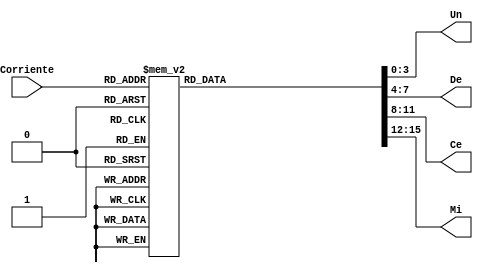
`timescale 1ns / 1ps
//////////////////////////////////////////////////////////////////////////////////
// Company: 
// Engineer: 
// 
// Design Name: 
// Module Name:    Codifica_Corriente 
// Project Name: 
// Target Devices: 
// Tool versions: 
// Description: 
//
// Dependencies: 
//
// Revision: 
// Revision 0.01 - File Created
// Additional Comments: 
//
//////////////////////////////////////////////////////////////////////////////////
module Codifica_Corriente(
    input [4:0] Corriente,
    output reg [3:0] Un,
    output reg [3:0] De,
    output reg [3:0] Ce,
    output reg [3:0] Mi
    );

always @*
begin
	case (Corriente)
	
	//Con Corriente = 000 el numero a mostrar es 0.
	5'b00000:begin
		Un <= 4'b0000;
		De <= 4'b1010;	//Apagado
		Ce <= 4'b1010;	//Apagado
		Mi <= 4'b1010;	//Apagado
	end
	
	5'b00001:begin
		Un <= 4'b0000;
		De <= 4'b0101;
		Ce <= 4'b1010;
		Mi <= 4'b1010;
	end
	
	5'b00010:begin
		Un <= 4'b0000;
		De <= 4'b0000;
		Ce <= 4'b0001;
		Mi <= 4'b1010;
	end
	
	5'b00011:begin
		Un <= 4'b0000;
		De <= 4'b0101;
		Ce <= 4'b0001;
		Mi <= 4'b1010;
	end
	
	5'b00100:begin
		Un <= 4'b0000;
		De <= 4'b0000;
		Ce <= 4'b0010;
		Mi <= 4'b1010;
	end
	
	5'b00101:begin
		Un <= 4'b0000;
		De <= 4'b0101;
		Ce <= 4'b0010;
		Mi <= 4'b1010;
	end
	
	5'b00110:begin
		Un <= 4'b0000;
		De <= 4'b0000;
		Ce <= 4'b0011;
		Mi <= 4'b1010;
	end
	
	5'b00111:begin
		Un <= 4'b0000;
		De <= 4'b0101;
		Ce <= 4'b0011;
		Mi <= 4'b1010;
	end
	
	5'b01000:begin
		Un <= 4'b0000;
		De <= 4'b0000;
		Ce <= 4'b0100;
		Mi <= 4'b1010;	//Apagado
	end
	
	5'b01001:begin
		Un <= 4'b0000;
		De <= 4'b0101;
		Ce <= 4'b0100;
		Mi <= 4'b1010;	//Apagado
	end
	
	5'b01010:begin
		Un <= 4'b0000;
		De <= 4'b0000;
		Ce <= 4'b0101;
		Mi <= 4'b1010;	//Apagado
	end
	
	5'b01011:begin
		Un <= 4'b0000;
		De <= 4'b0101;
		Ce <= 4'b0101;
		Mi <= 4'b1010;	//Apagado
	end
	
	5'b01100:begin
		Un <= 4'b0000;
		De <= 4'b0000;
		Ce <= 4'b0110;
		Mi <= 4'b1010;	//Apagado
	end
	//13 => 650.
	5'b01101:begin
		Un <= 4'b0000;
		De <= 4'b0101;
		Ce <= 4'b0110;
		Mi <= 4'b1010;	//Apagado
	end
	
	5'b01110:begin
		Un <= 4'b0000;
		De <= 4'b0000;
		Ce <= 4'b0111;
		Mi <= 4'b1010;	//Apagado
	end
	
	5'b01111:begin
		Un <= 4'b0000;
		De <= 4'b0101;
		Ce <= 4'b0111;
		Mi <= 4'b1010;	//Apagado
	end
	
	5'b10000:begin
		Un <= 4'b0000;
		De <= 4'b0000;
		Ce <= 4'b1000;
		Mi <= 4'b1010;	//Apagado
	end
	
	5'b10001:begin
		Un <= 4'b0000;
		De <= 4'b0101;
		Ce <= 4'b1000;
		Mi <= 4'b1010;	//Apagado
	end
	
	5'b10010:begin
		Un <= 4'b0000;
		De <= 4'b0000;
		Ce <= 4'b1001;
		Mi <= 4'b1010;	//Apagado
	end
	
	5'b10011:begin
		Un <= 4'b0000;
		De <= 4'b0101;
		Ce <= 4'b1001;
		Mi <= 4'b1010;	//Apagado
	end
	
	5'b10100:begin
		Un <= 4'b0000;
		De <= 4'b0000;
		Ce <= 4'b0000;
		Mi <= 4'b0001;
	end
	default 	
	begin
		Un <= 4'b0000;
		De <= 4'b0000;
		Ce <= 4'b0000;
		Mi <= 4'b0000;
	end
	endcase

end

endmodule